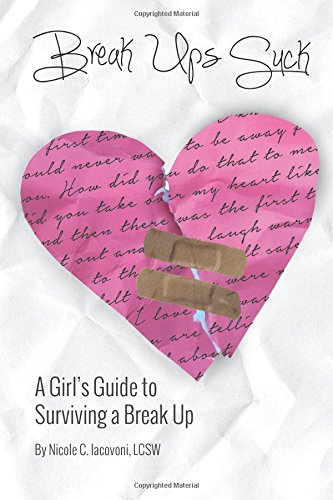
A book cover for Break Ups Suck: A Girl's Guide to Surviving a Break Up; Nicole C. Iacovoni; Parenting & Relationships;